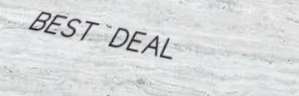
BEST DEAL